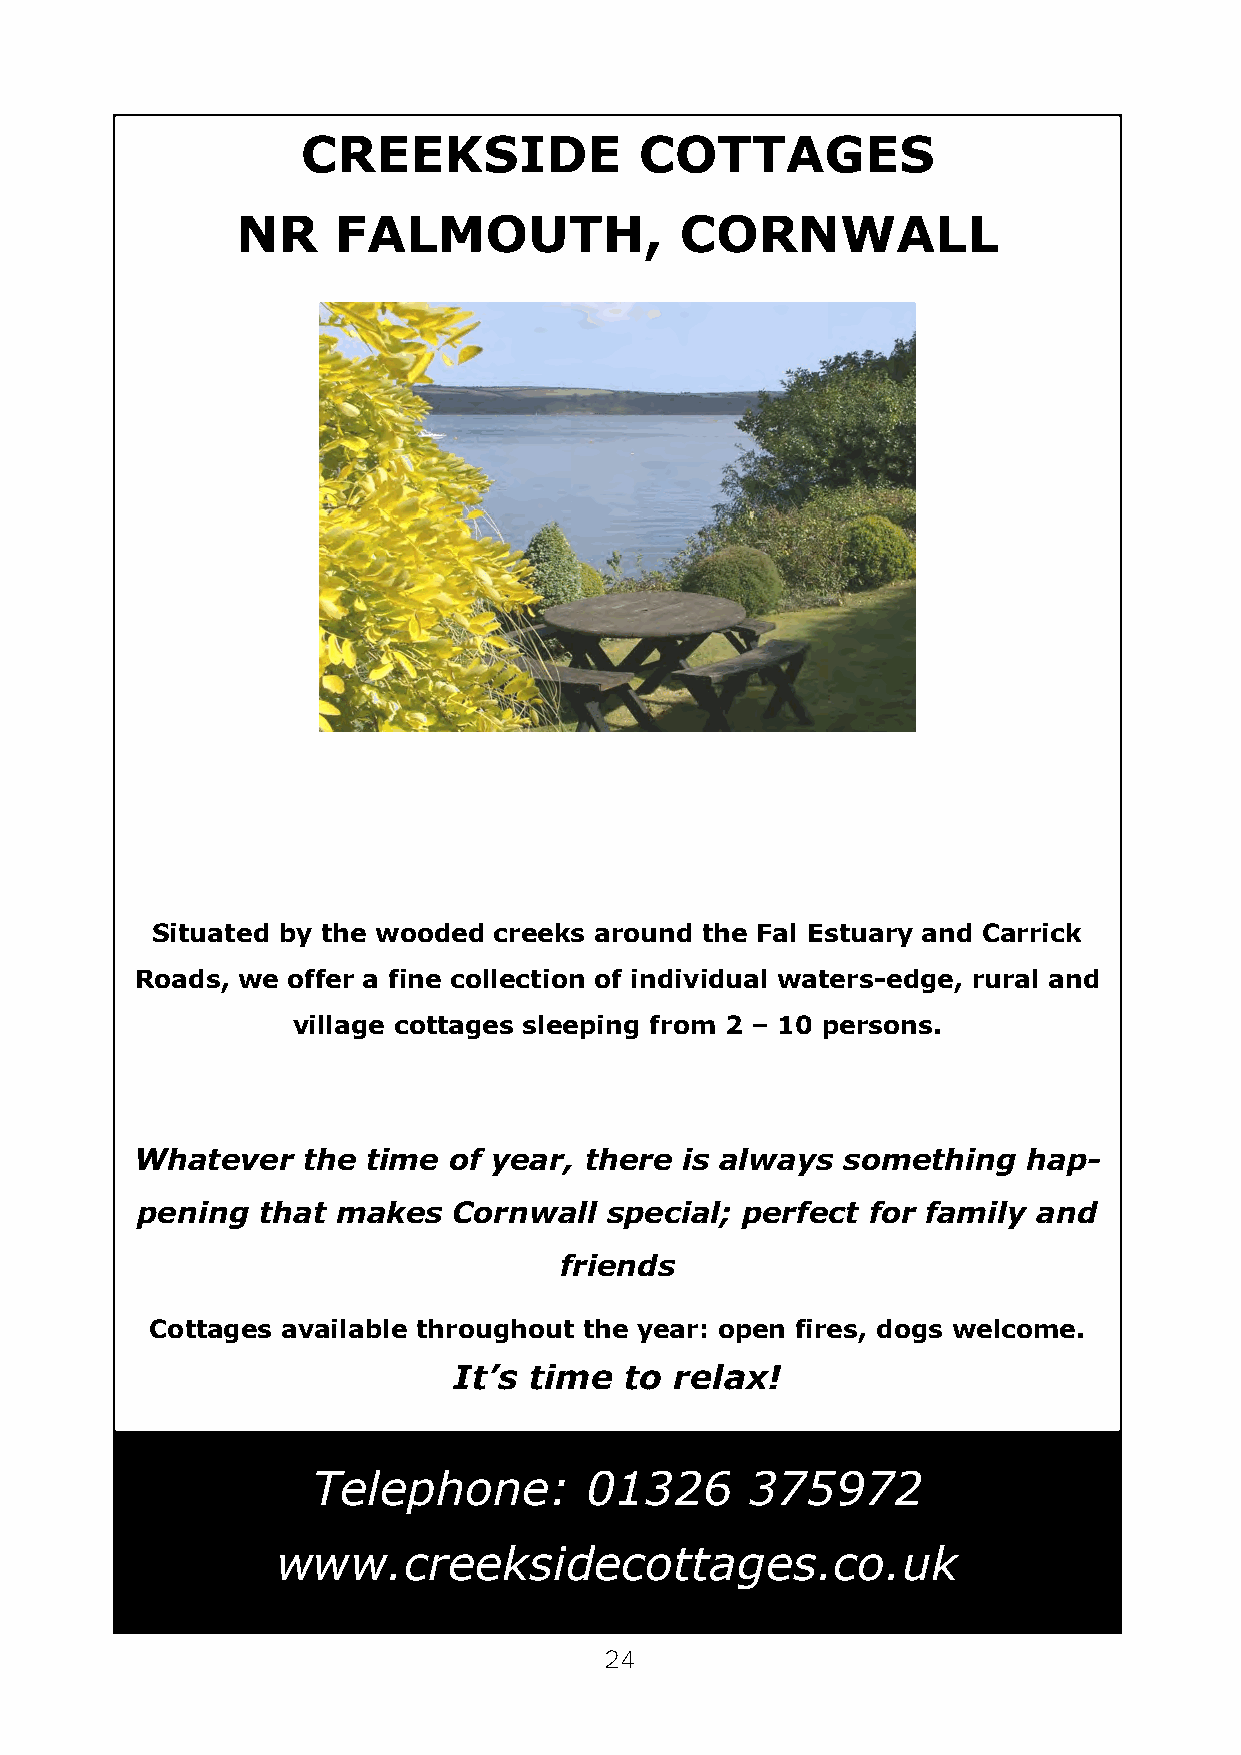
CREEKSIDE             COTTAGES
 NR    FALMOUTH,              CORNWALL
 Situated by the wooded creeks around the Fal Estuary and Carrick
 Roads, we offer a fine collection of individual waters-edge, rural and
 village cottages sleeping from 2 – 10 persons.
 Whatever   the time  of year, there is always  something   hap-
 pening  that makes   Cornwall  special; perfect for family  and
 friends
 Cottages available throughout the year: open fires, dogs welcome.
 It’s time  to  relax!
 Telephone:        01326      375972
 www.creeksidecottages.co.uk
 24